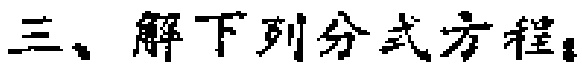
三、解下列分式方程：